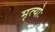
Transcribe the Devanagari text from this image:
मृत्योः